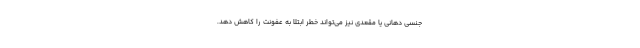
جنسی دهانی یا مقعدی نیز می‌تواند خطر ابتلا به عفونت را کاهش دهد.